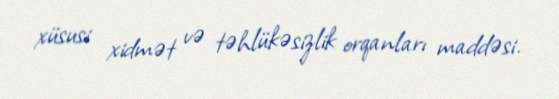
xüsusi xidmət və təhlükəsizlik orqanları maddəsi.